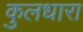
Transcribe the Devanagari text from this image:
कुलधारा